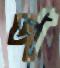
প